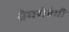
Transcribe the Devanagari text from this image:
प्रेमसंबंधी